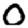
Digit: 0